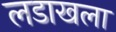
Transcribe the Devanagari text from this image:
लडाखला